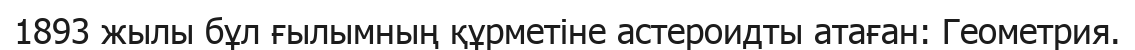
1893 жылы бұл ғылымның құрметіне астероидты атаған: Геометрия.